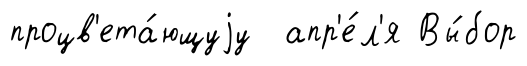
процв'ета́ющуjу апр'е́л'я Вы́бор